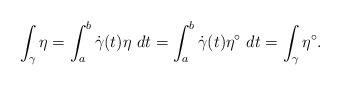
LaTeX: \begin{align*}\int_\gamma \eta = \int_a^b \dot\gamma(t)\eta \ dt = \int_a^b \dot\gamma(t)\eta^\circ \ dt = \int_\gamma \eta^\circ.\end{align*}